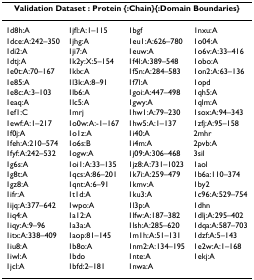
<table><thead><tr><td colspan="4"><b>Validation Dataset : Protein {:Chain}{:Domain Boundaries}</b></td></tr></thead><tbody><tr><td>1d8h:A</td><td>1jfl:A:1–115</td><td>1bgf</td><td>1nxu:A</td></tr><tr><td>1dce:A:242–350</td><td>1jhg:A</td><td>1eu1:A:626–780</td><td>1o04:A</td></tr><tr><td>1di2:A</td><td>1ji7:A</td><td>1euw:A</td><td>1o6v:A:33–416</td></tr><tr><td>1dtj:A</td><td>1k2y:X:5–154</td><td>1f4l:A:389–548</td><td>1obo:A</td></tr><tr><td>1e0t:A:70–167</td><td>1klx:A</td><td>1f5n:A:284–583</td><td>1on2:A:63–136</td></tr><tr><td>1e85:A</td><td>1l3k:A:8–91</td><td>1f7l:A</td><td>1opd</td></tr><tr><td>1e8c:A:3–103</td><td>1lb6:A</td><td>1goi:A:447–498</td><td>1qh5:A</td></tr><tr><td>1eaq:A</td><td>1lc5:A</td><td>1gwy:A</td><td>1qlm:A</td></tr><tr><td>1ef1:C</td><td>1mrj</td><td>1hw1:A:79–230</td><td>1sox:A:94–343</td></tr><tr><td>1ewf:A:1–217</td><td>1o0w:A:-1–167</td><td>1hw5:A:1–137</td><td>1zfj:A:95–158</td></tr><tr><td>1f0j:A</td><td>1o1z:A</td><td>1i40:A</td><td>2mhr</td></tr><tr><td>1feh:A:210–574</td><td>1o6s:B</td><td>1i4m:A</td><td>2pvb:A</td></tr><tr><td>1fyf:A:242–532</td><td>1ogw:A</td><td>1j09:A:306–468</td><td>3sil</td></tr><tr><td>1g6s:A</td><td>1oi1:A:33–135</td><td>1jz8:A:731–1023</td><td>1aol</td></tr><tr><td>1g8t:A</td><td>1qcs:A:86–201</td><td>1k7i:A:259–479</td><td>1b6a:110–374</td></tr><tr><td>1gz8:A</td><td>1qnt:A:6–91</td><td>1kmv:A</td><td>1by2</td></tr><tr><td>1ifr:A</td><td>1t1d:A</td><td>1ku3:A</td><td>1c96:A:529–754</td></tr><tr><td>1ijq:A:377–642</td><td>1wpo:A</td><td>1l3p:A</td><td>1dhn</td></tr><tr><td>1iq4:A</td><td>1a12:A</td><td>1lfw:A:187–382</td><td>1dlj:A:295–402</td></tr><tr><td>1iqy:A:9–96</td><td>1a3a:A</td><td>1lsh:A:285–620</td><td>1dqa:A:587–703</td></tr><tr><td>1itx:A:338–409</td><td>1aop:81–145</td><td>1m1h:A:51–131</td><td>1dzf:A:5–143</td></tr><tr><td>1iu8:A</td><td>1b8o:A</td><td>1nm2:A:134–195</td><td>1e2w:A:1–168</td></tr><tr><td>1iwl:A</td><td>1bdo</td><td>1nte:A</td><td>1ekj:A</td></tr><tr><td>1jcl:A</td><td>1bfd:2–181</td><td>1nwa:A</td><td></td></tr></tbody></table>